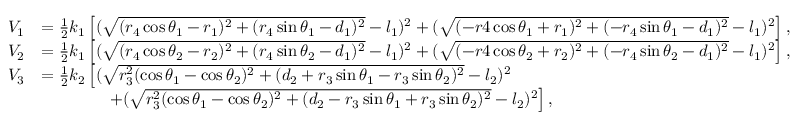
\begin{array} { r l } { V _ { 1 } } & { = \frac { 1 } { 2 } k _ { 1 } \left[ ( \sqrt { ( r _ { 4 } \cos \theta _ { 1 } - r _ { 1 } ) ^ { 2 } + ( r _ { 4 } \sin \theta _ { 1 } - d _ { 1 } ) ^ { 2 } } - l _ { 1 } ) ^ { 2 } + ( \sqrt { ( - r 4 \cos \theta _ { 1 } + r _ { 1 } ) ^ { 2 } + ( - r _ { 4 } \sin \theta _ { 1 } - d _ { 1 } ) ^ { 2 } } - l _ { 1 } ) ^ { 2 } \right] , } \\ { V _ { 2 } } & { = \frac { 1 } { 2 } k _ { 1 } \left[ ( \sqrt { ( r _ { 4 } \cos \theta _ { 2 } - r _ { 2 } ) ^ { 2 } + ( r _ { 4 } \sin \theta _ { 2 } - d _ { 1 } ) ^ { 2 } } - l _ { 1 } ) ^ { 2 } + ( \sqrt { ( - r 4 \cos \theta _ { 2 } + r _ { 2 } ) ^ { 2 } + ( - r _ { 4 } \sin \theta _ { 2 } - d _ { 1 } ) ^ { 2 } } - l _ { 1 } ) ^ { 2 } \right] , } \\ { V _ { 3 } } & { = \frac { 1 } { 2 } k _ { 2 } \left[ ( \sqrt { r _ { 3 } ^ { 2 } ( \cos \theta _ { 1 } - \cos \theta _ { 2 } ) ^ { 2 } + ( d _ { 2 } + r _ { 3 } \sin \theta _ { 1 } - r _ { 3 } \sin \theta _ { 2 } ) ^ { 2 } } - l _ { 2 } ) ^ { 2 } \right. } \\ & { \qquad \qquad \left. + ( \sqrt { r _ { 3 } ^ { 2 } ( \cos \theta _ { 1 } - \cos \theta _ { 2 } ) ^ { 2 } + ( d _ { 2 } - r _ { 3 } \sin \theta _ { 1 } + r _ { 3 } \sin \theta _ { 2 } ) ^ { 2 } } - l _ { 2 } ) ^ { 2 } \right] , } \end{array}